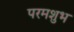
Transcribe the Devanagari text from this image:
परमशुभ